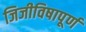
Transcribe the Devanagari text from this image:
जिजीविषापूर्ण